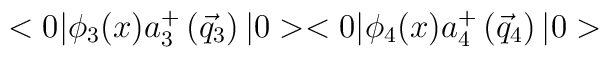
<0|{\phi}_3(x) a_3^{+}\left({\vec{q}}_3\right)|0><0|{\phi}_4(x) a_4^{+}\left({\vec{q}}_4\right)|0>